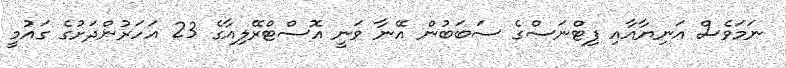
ނަމަވެސް އަނިޔާއާއި ފިޓްނަސްގެ ސަބަބުން އޭނާ ވަނީ އޮސްޓްރޭލިއާގެ 23 އަހަރުންދަށުގެ ގައުމީ